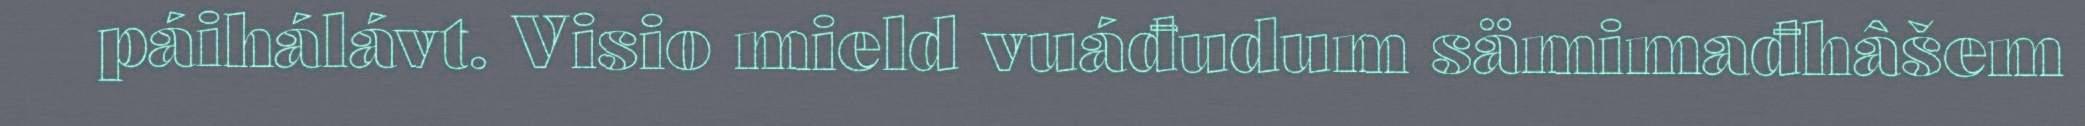
páihálávt. Visio mield vuáđudum sämimađhâšem